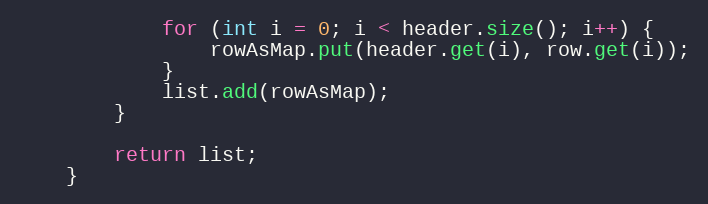
Language: Java
			for (int i = 0; i < header.size(); i++) {
				rowAsMap.put(header.get(i), row.get(i));
			}
			list.add(rowAsMap);
		}

		return list;
	}